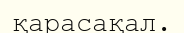
қарасақал.